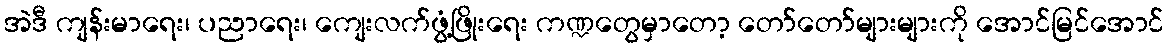
အဲဒီ ကျန်းမာရေး၊ ပညာရေး၊ ကျေးလက်ဖွံ့ဖြိုးရေး ကဏ္ဍတွေမှာတော့ တော်တော်များများကို အောင်မြင်အောင်